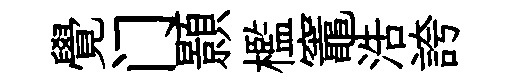
覺门顥檻竈浩誇